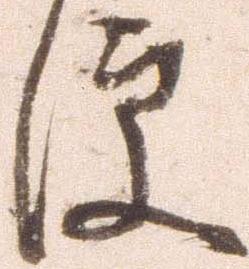
便